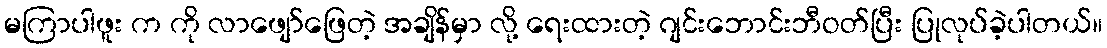
မကြာပါဖူး က ကို လာဖျော်ဖြေတဲ့ အချိန်မှာ လို့ ရေးထားတဲ့ ဂျင်းဘောင်းဘီဝတ်ပြီး ပြုလုပ်ခဲ့ပါတယ်။